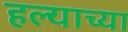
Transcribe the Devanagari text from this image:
हल्याच्या